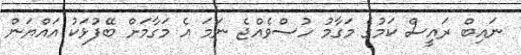
ނައިބް ރައީސް ކަމުގެ މަގާމު ހުސްވެއްޖެ ނަމަ އެ މަގާމަށް ބޭފުޅަކު އައްޔަން